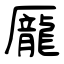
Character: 龎